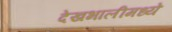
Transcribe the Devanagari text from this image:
देखभालीमध्ये